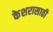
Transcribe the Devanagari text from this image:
केशरासाठी